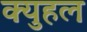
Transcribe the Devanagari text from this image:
क्युहल